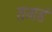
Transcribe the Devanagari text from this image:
तमहं